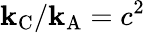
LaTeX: \mathbf{k}_{\mathrm{{{C}}}}/\mathbf{k}_{\mathrm{{{A}}}}=c^{2}